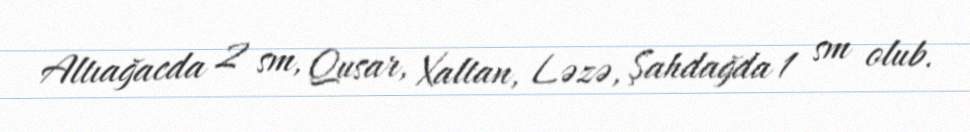
Altıağacda 2 sm, Qusar, Xaltan, Ləzə, Şahdağda 1 sm olub.